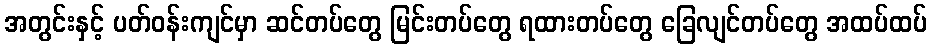
အတွင်းနှင့် ပတ်ဝန်းကျင်မှာ ဆင်တပ်တွေ မြင်းတပ်တွေ ရထားတပ်တွေ ခြေလျင်တပ်တွေ အထပ်ထပ်